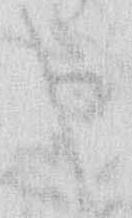
申